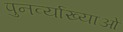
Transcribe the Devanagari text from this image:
पुनर्व्याख्याओं